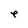
Character: e